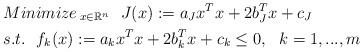
LaTeX: \begin{align*} &{Minimize\,}_{x\in \mathbb{R}^n} \ \ J(x):=a_Jx^Tx+2b_J^Tx+c_J\\ &s.t.\ \ f_k(x):=a_kx^Tx+2b_k^Tx+c_k \le 0,\ \ k=1,...,m \end{align*}